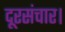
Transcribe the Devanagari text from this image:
दूरसंचार।